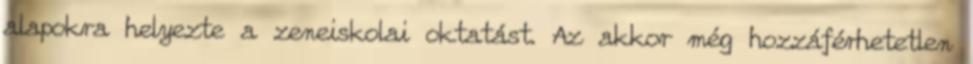
alapokra helyezte a zeneiskolai oktatást. Az akkor még hozzáférhetetlen